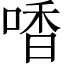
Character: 㗍